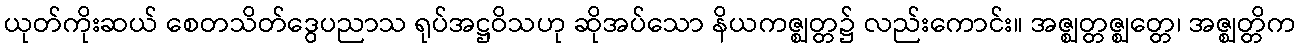
ယုတ်ကိုးဆယ် စေတသိတ်ဒွေပညာသ ရုပ်အဋ္ဌဝိသဟု ဆိုအပ်သော နိယကဇ္ဈတ္တ၌ လည်းကောင်း။ အဇ္ဈတ္တဇ္ဈတ္တေ၊ အဇ္ဈတ္တိက